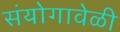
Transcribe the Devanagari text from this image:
संयोगावेळी